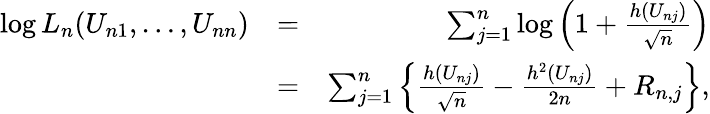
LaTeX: \begin{array}{rlr}{\log L_{n}(U_{n1},\ldots,U_{nn})}&{=}&{\sum_{j=1}^{n}\log\left(1+\frac{h(U_{nj})}{\sqrt{n}}\right)}\\ &{=}&{\sum_{j=1}^{n}\left\{ \frac{h(U_{nj})}{\sqrt{n}}-\frac{h^{2}(U_{nj})}{2n}+R_{n,j}\right\} ,}\end{array}